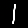
Digit: 1